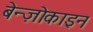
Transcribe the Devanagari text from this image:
बेन्ज़ोकाइन